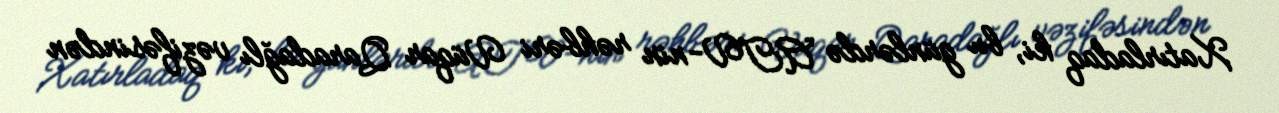
Xatırladaq ki, bu günlərdə ATV-nin rəhbəri Vüqar Qaradağlı vəzifəsindən